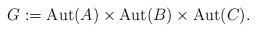
LaTeX: \begin{align*}G:=\mathrm{Aut}(A)\times \mathrm{Aut}(B)\times \mathrm{Aut}(C).\end{align*}